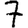
Digit: 7